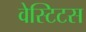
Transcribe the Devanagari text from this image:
वेस्टिटस